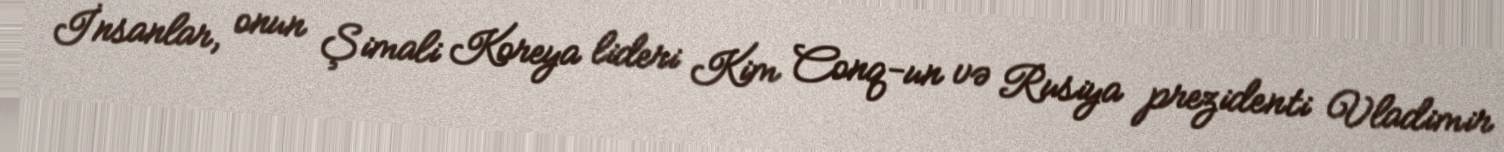
İnsanlar, onun Şimali Koreya lideri Kim Conq-un və Rusiya prezidenti Vladimir